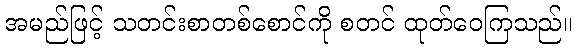
အမည်ဖြင့် သတင်းစာတစ်စောင်ကို စတင် ထုတ်ဝေကြသည်။